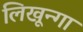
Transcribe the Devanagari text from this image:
लिखून्गा